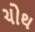
ચોથ